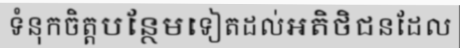
ទំនុកចិត្តបន្ថែមទៀតដល់អតិថិជនដែល